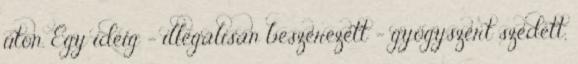
úton. Egy ideig – illegálisan beszerezett – gyógyszert szedett,